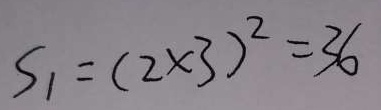
S _ { 1 } = ( 2 \times 3 ) ^ { 2 } = 3 6